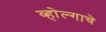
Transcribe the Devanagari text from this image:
व्होल्गाचे